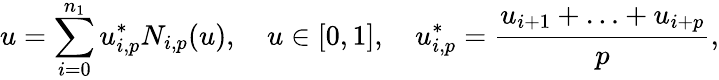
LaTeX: u=\sum_{i=0}^{n_{1}}u_{i,p}^{*}N_{i,p}(u),\quad u\in[0,1],\quad u_{i,p}^{*}=\frac{u_{i+1}+\ldots+u_{i+p}}{p},